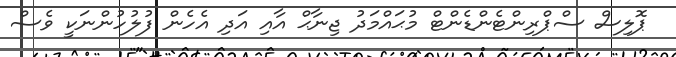
ޕޮލިސް ސްޕްރިންޓެންޑެންޓް މުޙައްމަދު ޖިނާޙް އާއި އަދި އެހެން ފުލުހުންނަކީ ވެސް